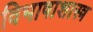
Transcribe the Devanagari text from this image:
विभाषाशास्त्र